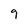
Character: 9